King Institute of Preventive Medicine Micro-Biological Section reports 1912-19
Year: 1912
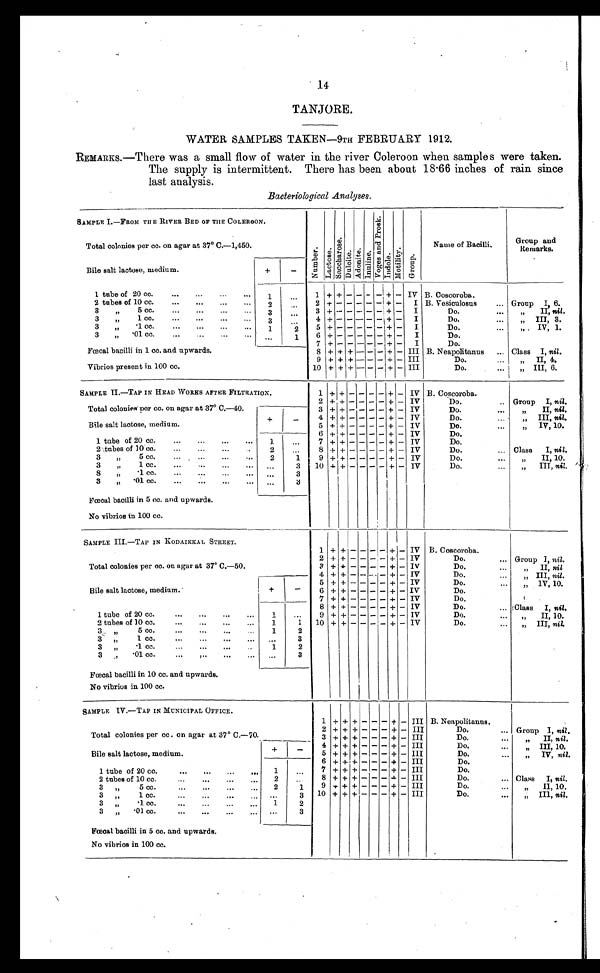
14
TANJORE.
WATER SAMPLES TAKEN—9TH FEBRUARY 1912.
REMARKS.—There was a small flow of water in the river Coleroon when samples were taken.
The supply is intermittent. There has been about 18.66 inches of rain since
last analysis.
Bacteriological Analyses.
SAMPLE I.—FROM THE RIVER BED OF THE COLEROON.
N u m b e r . L a c t o s e .
S a c c h a r o s e .
D u l c i t e . A d o n i t e . Inuline.
V o g e s a n d p r o s k .
I n d o l e . M o t i l i t y . G r o u p .
Name of Bacilli.
Group
and Remarks.
Total colonies per cc. on agar at 37° C.—1,450.
Bile salt lactose, medium.
+
-
1
+ +
- - -
-
+
- IV B. Coscoroba.
•1 tube of 20 cc. . . .
1
. . .
2 tubes of 10 cc. . . .
2
+ -
- - -
-
+
- I B. Vesiculosus . . . Group I, 6.
2
. . .
3 " 5 cc. . . .
3 + - -
- -
- + -
I
Do. . . .
"
II, nil.
3
. . .
3 "
1 cc. . . .
4 + - -
- - - + -
I
D o . . . .
" III
, 3.
3
. . .
3 " .1 cc. . . .
5
+ -
- - -
- + -
I
Do. . . . "
IV, 1.
1
2
3 "
.01 cc. . . .
1
6
+ -
- - -
- + -
I
Do.
. . .
7
+ -
- - - - + -
I
Do.
Fœcal bacilli in 1 cc. and upwards.
8 + + +
- - - + - III B. Neapolitanus . . . Class I, nil.
9 + +
+ - - - + - III
D o . . . .
" I I , 4 .
Vibrios present in 100 cc.
10 + + + - - - + - III
Do. . . .
" III, 6.
SAMPLE II.—TAP IN HEAD WORKS AFTER FILTRATION.
1
+ + - - - - + - IV B. Coscoroba.
2 + + - - - - + - IV
Do. . . . Group I, nil.
Total colonies per cc. on agar at 37° C.—40.
3 + + - - - - + - IV
Do. . . .
"
II, nil.
Bile salt lactose, medium.
+
-
4
+ + - - - -
+ - IV
Do. . . .
"
III, nil.
5
+ + - - - - + - IV
Do. . . .
"
IV, 10.
6 + + - - - - + - IV
Do.
1 tube of 20 cc. . . .
1 . . .
7 + + - - - - + - IV
Do.
2 tubes of 10 cc. . . .
2
8 + + - - - - + - IV
Do. . . . Class
I, nil.
. . .
3 " 5 cc. . . .
2
9 + + - - - - + - IV
D o . . . .
" I I , 1 0 .
1
3 " 1 cc. . . .
. . .
3
10
+ + - - - - + - IV
D o . . . .
" I I I ,
n i l
.
8 „ .1 cc. . . . . . .
3
3 " .01 cc. . . .
. . .
3
Fœcal bacilli in 5 cc. and upwards.
No vibrios in 100 cc.
SAMPLE III.—TAP IN KODAIKKAL STREET.
1 + + - - -
- + - IV B. Coscoroba.
Total colonies per cc. on agar at 37° C.—50.
2 + + - - - - + - IV
Do. . . . Group I, nil.
3 + + - - - - + - IV
Do. . . .
" II, nil.
4 + + - -
- - + - IV
Do. . . .
" III, nil.
Bile salt lactose, medium.
+
-
5
+ + - - - - + - IV
Do. . . .
" IV, 10.
6 + + - - - - + - IV
Do.
7 + + - - - - + - IV
Do.
1 tube of 20 cc. . . .
1
. . .
8 + + - - - - + - IV
Do. . . . Class
I, nil.
9 + + - - - - + - IV
D o . . . .
" I I , 1 0 .
2 tubes of 10 cc. . . .
1
1
10 + + - - - - + - IV
D o . . . .
" I I I ,
n i l .
3"5 cc. . . .
1
2
3 " 1 cc. . . .
. . .
3
3 " .1 cc. . . .
1
2
3 " .01 cc. . . .
. . .
3
Fœcal bacilli in 10 cc. and upwards.
No vibrios in 100 cc.
SAMPLE IV.—TAP IN MUNICIPAL OFFICE.
1 + + + - - - + - III B. Neapolitanus.
Total colonies per cc. on agar at 37° C.—70
2 + + + - - - + - III
Do. . . .
Group I, nil .
3 + + + - - - + - III
Do. . . .
"
II, nil.
Bile salt lactose, medium.
+ +
-
4
+ + + - - -
+ - III
Do. . . .
"
III, 10.
5 + + + - - - + - III
Do. . . .
"
IV, nil.
6 + + + - - - + - III
Do.
1 tube of 20 cc. . . .
1
. . .
7 + + + - - - + -
I I I
Do.
8 + + + - - -
+ - III
Do. . . .
2 tubes of 10 cc. . . .
2
. . .
Class
I, nil.
9
III
+ + + - - - + -
Do. . . .
3 " 5 cc. . . .
2
1
" I I , 1 0 .
10
3 " 1 cc. . . .
. . .
3
+ + + - - -
+ - III
Do. . . .
" III, nil.
3 " .1 cc. . . .
1
2
3 " .01 cc. . . . . . .
3
Fœcal bacilli in 5 cc. and upwards.
No vibrios in 100 cc.